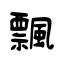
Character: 飄